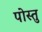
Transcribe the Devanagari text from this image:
पोस्तु